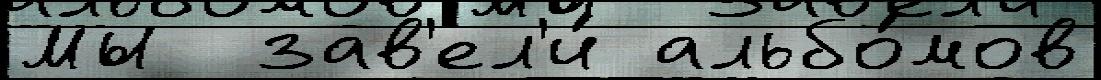
Мы  зав'ел'и́ альбо́мов